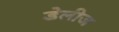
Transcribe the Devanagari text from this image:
डेलीज